Civil Veterinary Department Bihar reports 1936-40 - 1936-1940
Year: 1936
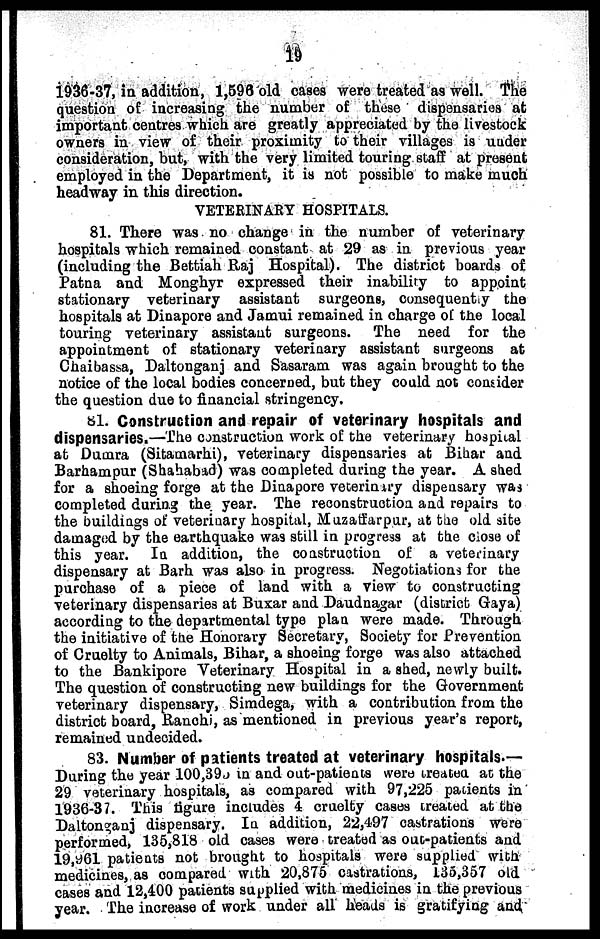
19
1936-37, in addition, 1,596 old cases were treated as well. The
question of increasing the number of these dispensaries at
important centres which are greatly appreciated by the livestock
owners in view of their proximity to their villages is under
consideration, but, with the very limited touring staff at present
employed in the Department, it is not possible to make much
headway in this direction.
VETERINARY HOSPITALS.
81. There was no change in the number of veterinary
hospitals which remained constant at 29 as in previous year
(including the Bettiah Raj Hospital). The district boards of
Patna and Monghyr expressed their inability to appoint
stationary veterinary assistant surgeons, consequently the
hospitals at Dinapore and Jamui remained in charge of the local
touring veterinary assistant surgeons. The need for the
appointment of stationary veterinary assistant surgeons at
Chaibassa, Daltonganj and Sasaram was again brought to the
notice of the local bodies concerned, but they could not consider
the question due to financial stringency.
61. Construction and repair of veterinary hospitals and
dispensaries.—The construction work of the veterinary hospital
at Dumra (Sitamarhi), veterinary dispensaries at Bihar and
Barhampur (Shahabad) was completed during the year. A shed
for a shoeing forge at the Dinapore veterinary dispensary was
completed during the year. The reconstruction and repairs to
the buildings of veterinary hospital, Muzatfarpur, at the old site
damaged by the earthquake was still in progress at the close of
this year. In addition, the construction of a veterinary
dispensary at Barh was also in progress. Negotiations for the
purchase of a piece of land with a view to constructing
veterinary dispensaries at Buxar and Daudnagar (district Gaya)
according to the departmental type plan were made. Through
the initiative of the Honorary Secretary, Society for Prevention
of Cruelty to Animals, Bihar, a shoeing forge was also attached
to the Bankipore Veterinary Hospital in a shed, newly built.
The question of constructing new buildings for the Government
veterinary dispensary, Simdega, with a contribution from the
district board, Ranchi, as mentioned in previous year's report,
remained undecided.
83. Number of patients treated at veterinary hospitals —
During the year 100,393 in and out-patients were treated at the
29 veterinary hospitals, as compared with 97,225 patients in
1936-37. This figure includes 4 cruelty cases treated at the
Daltonganj dispensary. In addition, 22,497 castrations were
performed, 135,818 old cases were treated as out-patients and
19,961 patients not brought to hospitals were supplied with
medicines, as compared with 20,875 castrations, 135,357 old
cases and 12,400 patients supplied with medicines in the previous
year. The increase of work under all heads is gratifying and